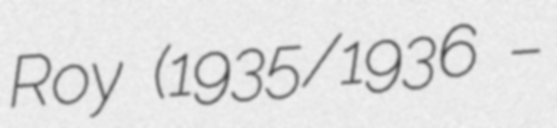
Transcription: Roy (1935/1936 –